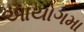
આયોગમા